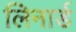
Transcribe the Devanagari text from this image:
लिनार्ड